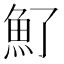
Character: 𩵌